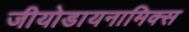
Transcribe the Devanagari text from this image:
जीयोडायनामिक्स